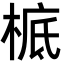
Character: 㭽